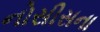
નોસીસના